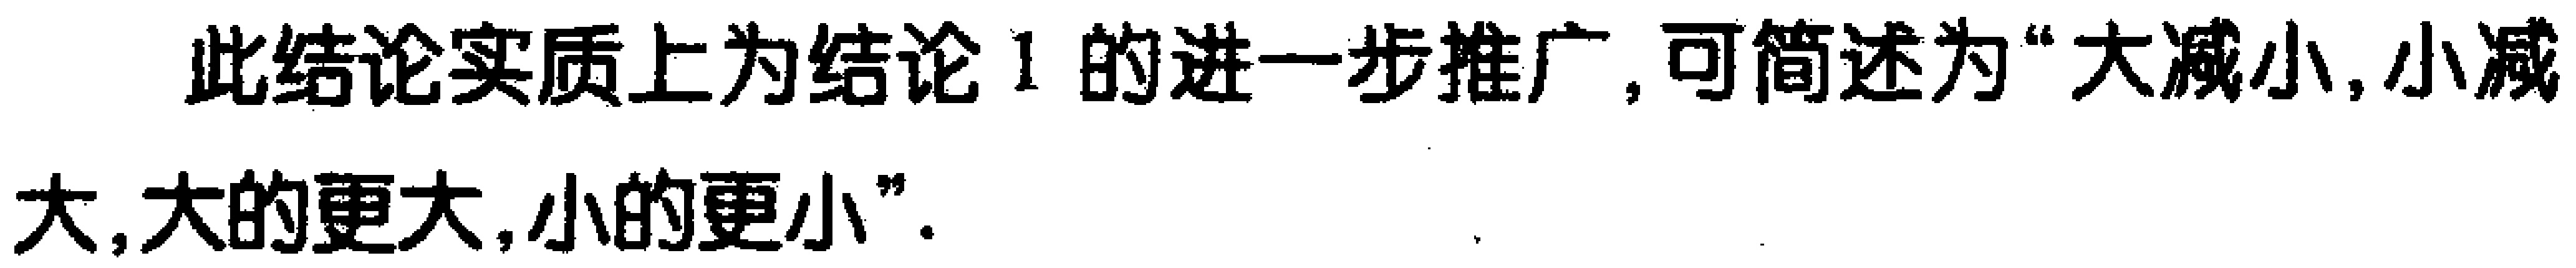
此结论实质上为结论1的进一步推广, 可简述为“大减小,小减大,大的更大,小的更小”.